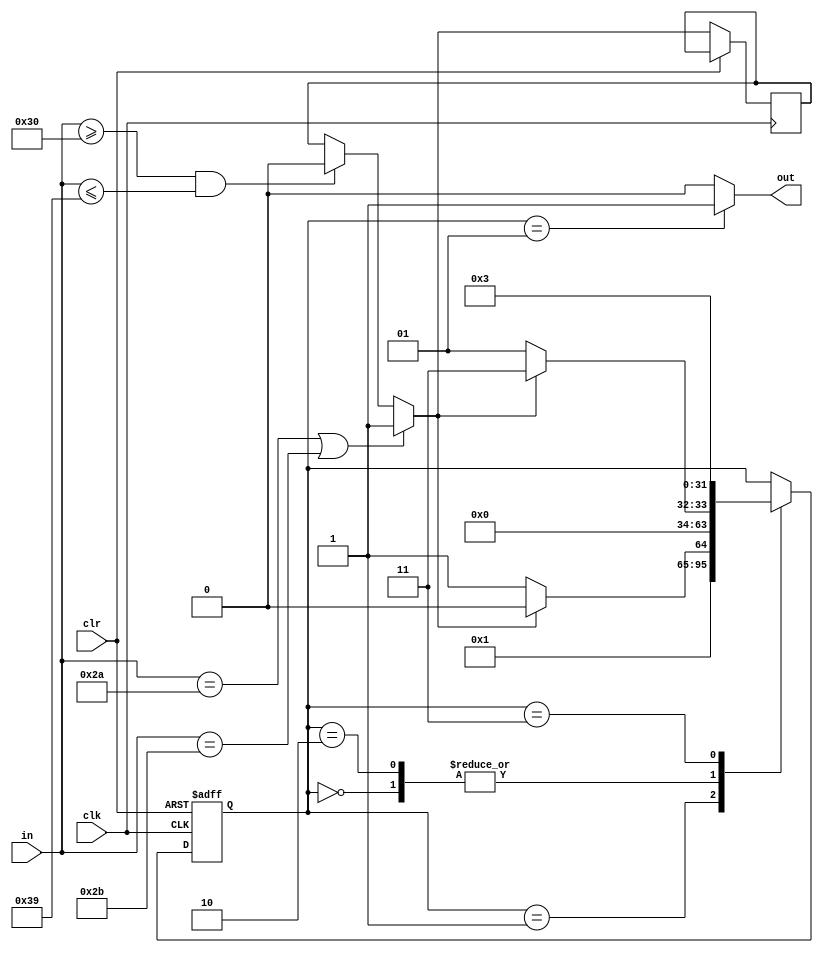
`timescale 1ns / 1ps
//////////////////////////////////////////////////////////////////////////////////
// Company: 
// Engineer: 
// 
// Design Name: 
// Module Name:    string 
// Project Name: 
// Target Devices: 
// Tool versions: 
// Description: 
//
// Dependencies: 
//
// Revision: 
// Revision 0.01 - File Created
// Additional Comments: 
//
//////////////////////////////////////////////////////////////////////////////////
module string(
	input clk,
	input clr,
	input [7:0] in,
	output out);
	
	reg temp;
	integer state = 0;
	assign out = (state==1) ? 1:0;

	always @(posedge clk or posedge clr) begin
		if(clr) begin
			state <= 0;
		end

		else begin
			if(in>=48 && in<=57) begin
				temp = 0;
			end
			if(in==42 || in==43) begin
				temp = 1;
			end
			case(state)
			0:
				begin
					state <= (temp == 0) ? 1:3;
				end
			1:
				begin
					state <= (temp == 0) ? 3:2;
				end
			2:
				begin
					state <= (temp == 0) ? 1:3;
				end
			3:
				begin
					state <= (temp == 0) ? 3:3;
				end
			endcase
		end
	end
endmodule